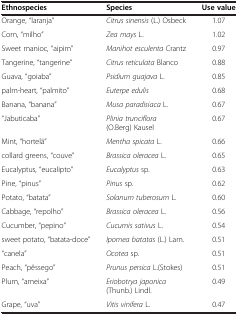
| Ethnospecies | Species | Use value |
 | --- | --- | --- |
 | Orange, “laranja” | Citrus sinensis (L.) Osbeck | 1.07 |
 | Corn, “milho” | Zea mays L. | 1.02 |
 | Sweet manioc, “aipim” | Manihot esculenta Crantz | 0.97 |
 | Tangerine, “tangerine” | Citrus reticulata Blanco | 0.88 |
 | Guava, “goiaba” | Psidium guajava L. | 0.85 |
 | palm-heart, “palmito” | Euterpe edulis | 0.68 |
 | Banana, “banana” | Musa paradisiaca L. | 0.67 |
 | “Jabuticaba” | Plinia trunciflora (O.Berg) Kausel | 0.67 |
 | Mint, “hortelã” | Mentha spicata L. | 0.66 |
 | collard greens, “couve” | Brassica oleracea L. | 0.65 |
 | Eucalyptus, “eucalipto” | Eucalyptus sp. | 0.63 |
 | Pine, “pinus” | Pinus sp. | 0.62 |
 | Potato, “batata” | Solanum tuberosum L. | 0.60 |
 | Cabbage, “repolho” | Brassica oleracea L. | 0.56 |
 | Cucumber, “pepino” | Cucumis sativus L. | 0.54 |
 | sweet potato, “batata-doce” | Ipomea batatas (L.) Lam. | 0.51 |
 | “canela” | Ocotea sp. | 0.51 |
 | Peach, “pêssego” | Prunus persica L.(Stokes) | 0.51 |
 | Plum, “ameixa” | Eriobotrya japonica (Thunb.) Lindl. | 0.49 |
 | Grape, “uva” | Vitis vinifera L. | 0.47 |